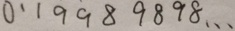
0 . 1 9 9 8 9 8 9 8 \cdots